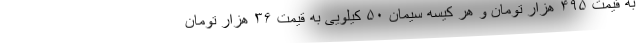
به قیمت ۴۹۵ هزار تومان و هر کیسه سیمان ۵۰ کیلویی به قیمت ۳۶ هزار تومان